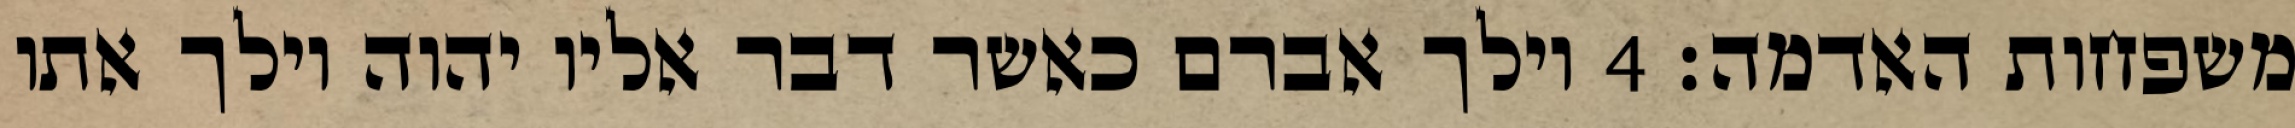
משפחות האדמה׃ ‎4‏ וילך אברם כאשר דבר אליו יהוה וילך אתו